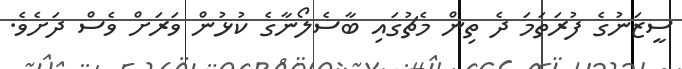
ސީޒަނުގެ ފުރަތަމަ ދެ ތިން މެޗުގައި ބާސެލޯނާގެ ކުޅުން ވަރަށް ވެސް ދަށެވެ.